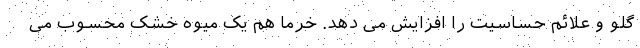
گلو و علائم حساسیت را افزایش می دهد. خرما هم یک میوه خشک محسوب می